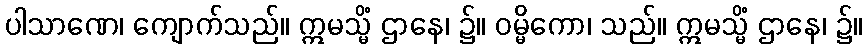
ပါသာဏေ၊ ကျောက်သည်။ ဣမသ္မိံ ဌာနေ၊ ၌။ ဝမ္မိကော၊ သည်။ ဣမသ္မိံ ဌာနေ၊ ၌။